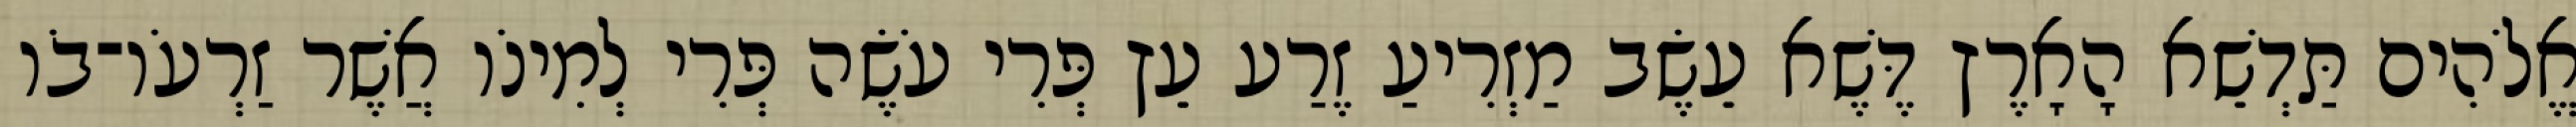
אֱלֹהִים תַּדְשֵׁא הָאָרֶץ דֶּשֶׁא עֵשֶׂב מַזְרִיעַ זֶרַע עֵץ פְּרִי עֹשֶׂה פְּרִי לְמִינֹו אֲשֶׁר זַרְעֹו־בֹו